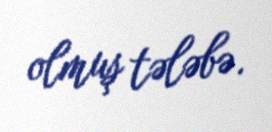
olmuş tələbə.